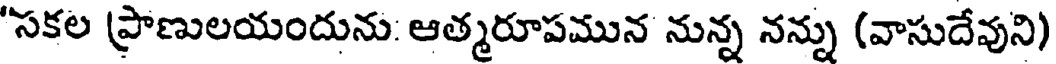
"సకల (ప్రాణులయందును: ఆత్మరూపమున నున్న నన్ను (వాసుదేవుని)